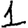
Digit: 1